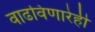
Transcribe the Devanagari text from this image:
वाढविणारेही